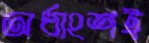
অর্ধাংশই